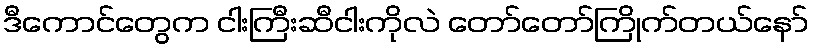
ဒီကောင်တွေက ငါးကြီးဆီငါးကိုလဲ တော်တော်ကြိုက်တယ်နော်